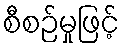
စီစဉ်မှုဖြင့်